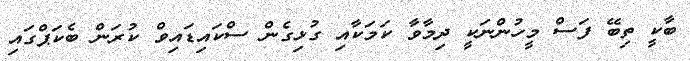
ބާކީ ތިބޭ ފަސް މީހުންނަކީ ދިމާވާ ކަމަކާއި ގުޅިގެން ސްކައިޑައިވް ކުރަން ބެކަޕްގައި